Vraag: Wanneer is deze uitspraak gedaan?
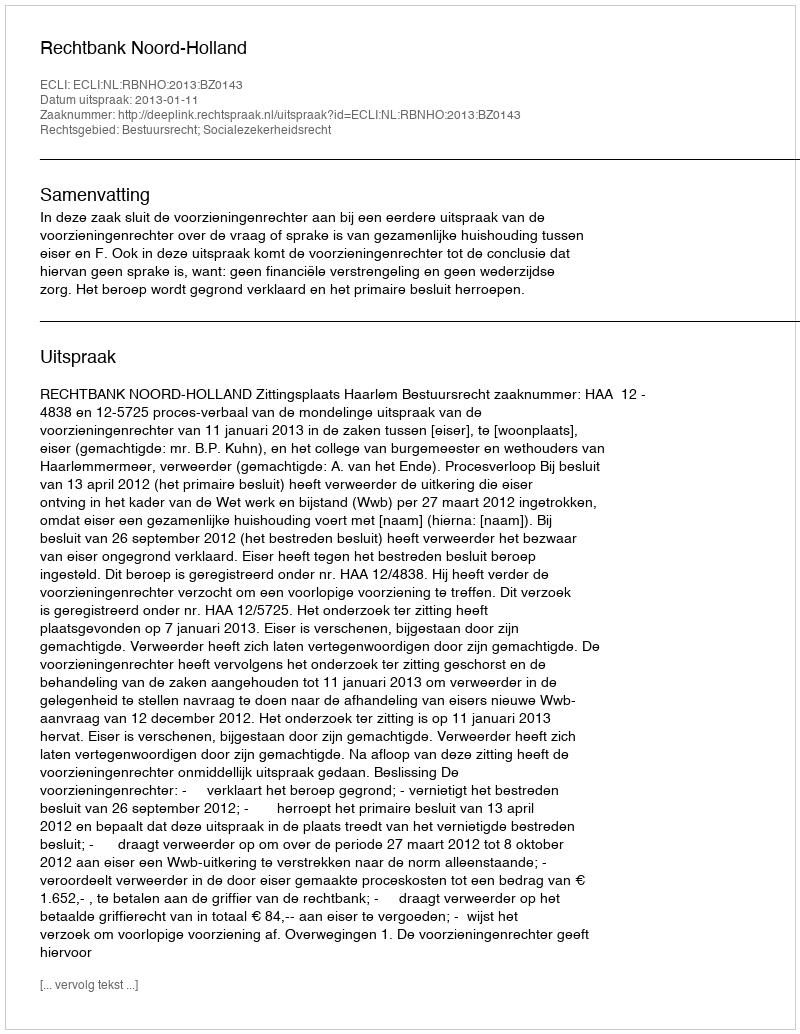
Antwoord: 2013-01-11